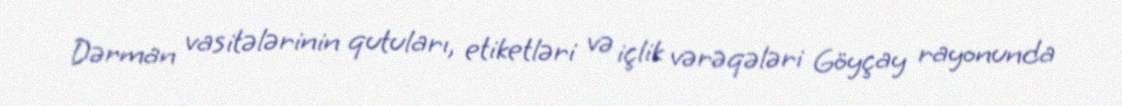
Dərman vasitələrinin qutuları, etiketləri və içlik vərəqələri Göyçay rayonunda